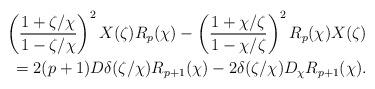
LaTeX: \begin{align*}\left(\frac{1+\zeta/\chi}{1-\zeta/\chi}\right)^{2} X(\zeta)R_{p}(\chi)-\left(\frac{1+\chi/\zeta}{1-\chi/\zeta}\right)^{2}R_{p}(\chi)X(\zeta)\\=2(p+1)D\delta(\zeta/\chi)R_{p+1}(\chi)-2\delta(\zeta/\chi)D_{\chi}R_{p+1}(\chi).\end{align*}